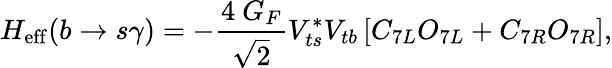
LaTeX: H_{\mathrm{eff}}(b\to s\gamma)=-{\frac{4~G_{F}}{\sqrt{2}}}V_{ts}^{*}V_{tb}\left[C_{7L}O_{7L}+C_{7R}O_{7R}\right],